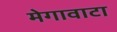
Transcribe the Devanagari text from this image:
मेगावाटा